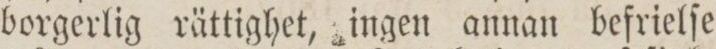
borgerlig rättighet, ingen annan befrielſe